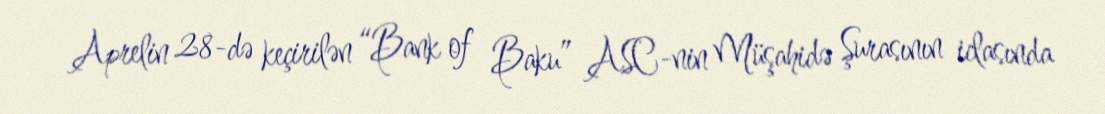
Aprelin 28-də keçirilən “Bank of Baku” ASC-nin Müşahidə Şurasının iclasında